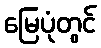
မြေပုံတွင်